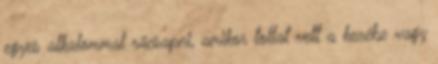
egyes alkalommal rácsapni, amikor tollat vett a kezébe vagy